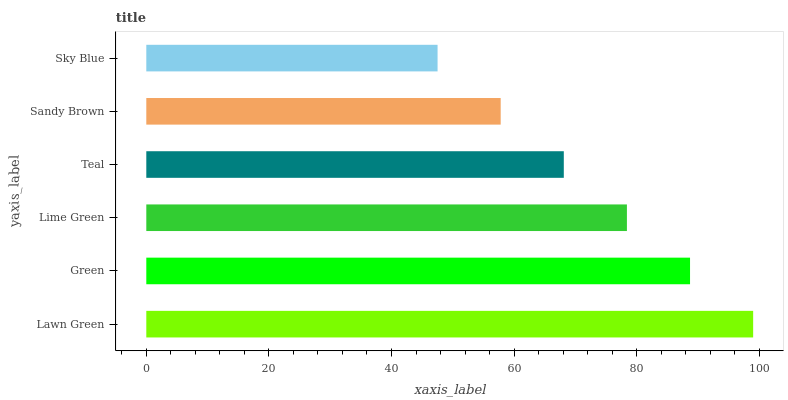
| yaxis_label | bars |
 | --- | --- |
 | Lawn Green | 99 |
 | Green | 88.7 |
 | Lime Green | 78.4 |
 | Teal | 68.1 |
 | Sandy Brown | 57.8 |
 | Sky Blue | 47.5 |